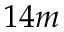
1 4 m